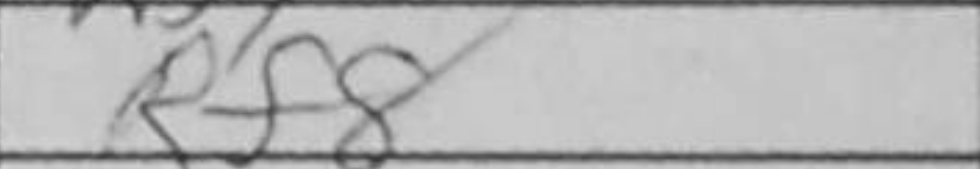
Transcription: Rf8